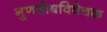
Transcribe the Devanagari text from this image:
गुणदोषविवेचक